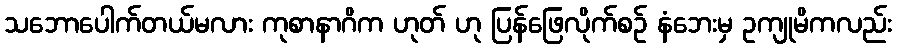
သဘောပေါက်တယ်မလား ကုစာနာဂိက ဟုတ် ဟု ပြန်ဖြေလိုက်စဉ် နံဘေးမှ ဥကျုမိကလည်း